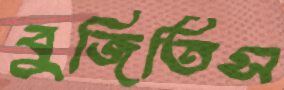
বুজিতিস